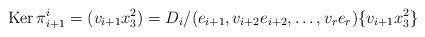
LaTeX: \begin{align*}\mathrm{Ker}\, \pi^{i}_{i+1}=(v_{i+1} x_3^2)= D_{i}/(e_{i+1}, v_{i+2} e_{i+2}, \dots, v_r e_r)\{ v_{i+1} x_3^2\}\end{align*}